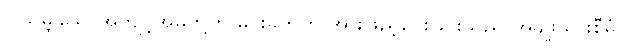
ပြုသမျှသောအကျင့်အမှုတို့ကို မိုင်းခွဲတိုက် အားဖြည့်ပေးခြင်းသည် အမျိုးသားစီမံ